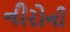
નીરોની